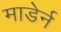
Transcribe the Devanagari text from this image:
माडेर्न